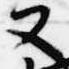
又